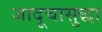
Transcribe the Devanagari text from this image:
जादूचासुद्धा